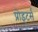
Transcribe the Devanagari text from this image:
प्रोइटर्स